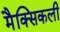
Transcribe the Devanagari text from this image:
मैक्सिकली